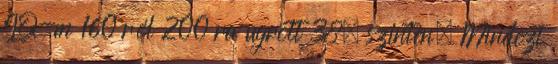
IQ-m 160 ról 200 ra ugrott 38. szinten. Mindezt